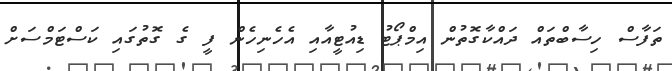
ތަފާސް ހިސާބްތައް ދައްކާގޮތުން އިމްޕޯޓު ޑިއުޓީއާއި އެހެނިހެން ފީ ގެ ގޮތުގައި ކަސްޓަމްސަށް